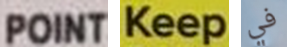
POINT Keep في